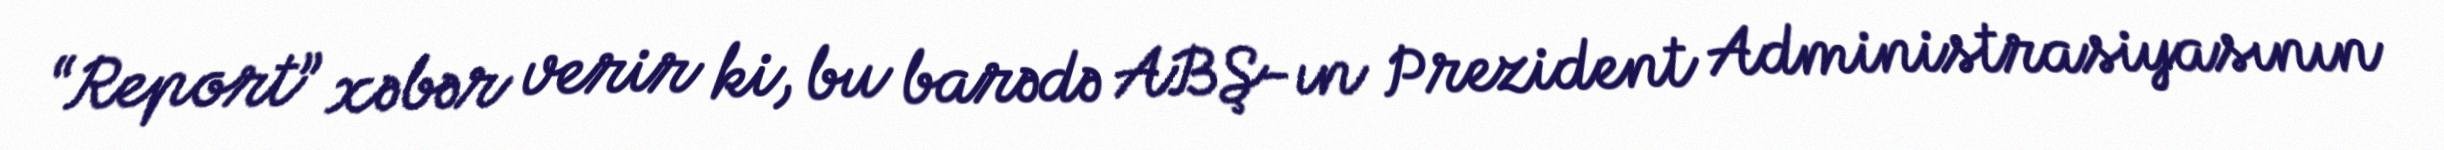
“Report” xəbər verir ki, bu barədə ABŞ-ın Prezident Administrasiyasının